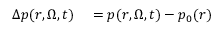
\begin{array} { r l } { \Delta p ( r , \boldsymbol { \Omega } , t ) } & { { } = p ( r , \boldsymbol { \Omega } , t ) - p _ { 0 } ( r ) } \end{array}